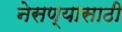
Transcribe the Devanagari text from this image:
नेसण्यासाठी